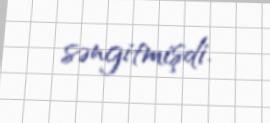
səngitmişdi.